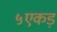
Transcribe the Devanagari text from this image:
५एकड़